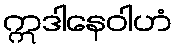
ဣဒါနေဝါဟံ